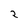
Character: 2